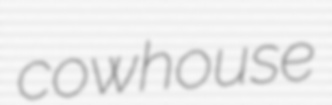
cowhouse